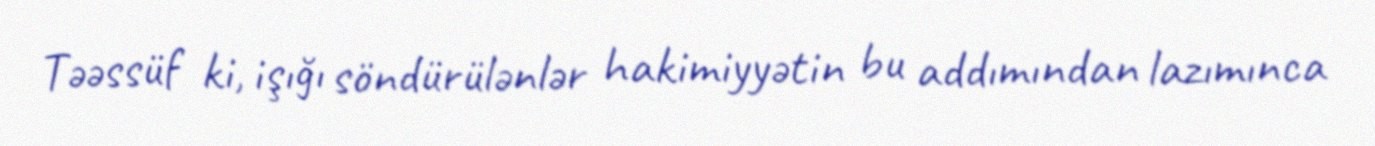
Təəssüf ki, işığı söndürülənlər hakimiyyətin bu addımından lazımınca